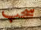
سحب